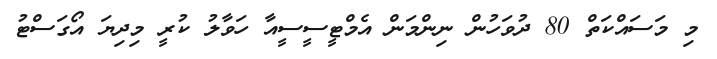
މި މަސައްކަތް 80 ދުވަހުން ނިންމަން އެމްޓީސީސީއާ ހަވާލު ކުރީ މިދިޔަ އޯގަސްޓު